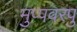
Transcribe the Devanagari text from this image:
मुप्पवरपु